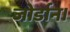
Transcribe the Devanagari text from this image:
जोर्डान।